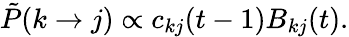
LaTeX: \tilde{P}(k\xrightarrow{}j)\propto c_{kj}(t-1)B_{kj}(t).